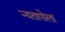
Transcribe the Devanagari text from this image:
न्यतापोला